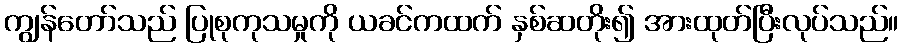
ကျွန်တော်သည် ပြုစုကုသမှုကို ယခင်ကထက် နှစ်ဆတိုး၍ အားထုတ်ပြီးလုပ်သည်။